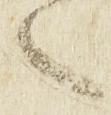
之